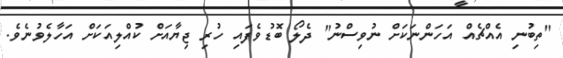
"ތިބުނި އެއްޗެއް އަހަންނަކަށް ނުވިސްނު" ދެލޯ ބޮޑުވެފައި ހުރި ޖިޔާއަށް ކުއްލިއަކަށް އަހާލެވުނެވެ.